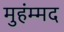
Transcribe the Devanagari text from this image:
मुहंम्मद